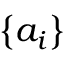
\left\{ a _ { i } \right\}